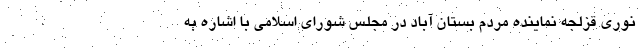
نوری قزلجه نماینده مردم بستان آباد در مجلس شورای اسلامی با اشاره به